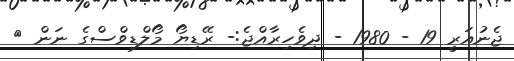
ޖެނުއަރީ 19 - 1980 - ދިވެހިރާއްޖެ:- ރޭޑިޔޯ މޯލްޑިވްސްގެ ނަން {